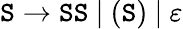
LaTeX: \mathtt{S}\to\mathtt{S}\mathtt{S}~|~(\mathtt{S})~|~\varepsilon